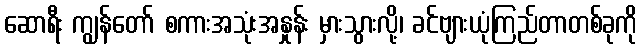
ဆောရီး ကျွန်တော် စကားအသုံးအနှုန်း မှားသွားလို့၊ ခင်ဗျားယုံကြည်တာတစ်ခုကို